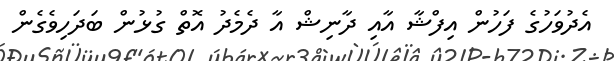
އެދުވަހުގެ ފަހުން އިފްޝާ އާއި ދާނިޝް އާ ދެމެދު އޮތް ގުޅުން ބަދަހިވެގެން